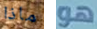
ماذا هو